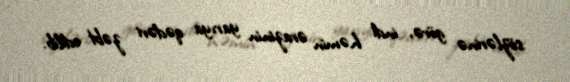
sözlərinə görə, indi həmin ərazinin yarıya qədəri zəbt edilib.